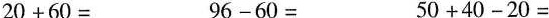
$$20+60=$$ $$96-60=$$ $$50+40-20=$$